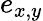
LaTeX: e_{x,y}